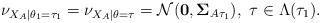
LaTeX: \begin{align*} \nu_{X_{A}|\theta_1 = \tau_1} = \nu_{X_{A}|\theta = \tau} = {\cal N}({\bf 0}, {\bf \Sigma}_{A \tau_1}), \ \tau \in \Lambda(\tau_1).\end{align*}